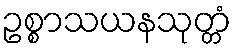
ဥစ္စာသယနသုတ္တံ